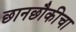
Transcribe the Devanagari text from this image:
छानछौकीचा